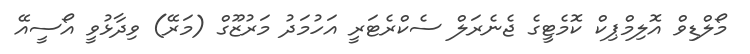
މޯލްޑިވް އޮލިމްޕިކް ކޮމެޓީގެ ޖެނެރަލް ސެކްރެޓަރީ އަހުމަދު މަރުޒޫގް (މަރޭ) ވިދާޅުވީ އޯސީއޭ